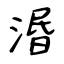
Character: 湣